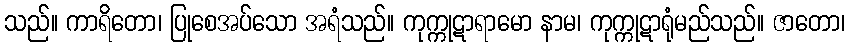
သည်။ ကာရိတော၊ ပြုစေအပ်သော အရံသည်။ ကုက္ကုဋာရာမော နာမ၊ ကုက္ကုဋာရုံမည်သည်။ ဇာတော၊